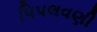
પિપલવણી